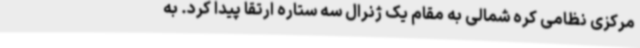
مرکزی نظامی کره شمالی به مقام یک ژنرال سه ستاره ارتقا پیدا کرد. به